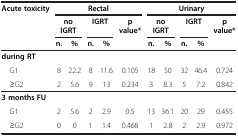
<table><thead><tr><td><b>Acute toxicity</b></td><td colspan="5"><b>Rectal</b></td><td colspan="5"><b>Urinary</b></td></tr><tr><td><b> </b></td><td colspan="2"><b>no IGRT</b></td><td colspan="2"><b>IGRT</b></td><td><b>p value*</b></td><td colspan="2"><b>no IGRT</b></td><td colspan="2"><b>IGRT</b></td><td><b>p value*</b></td></tr><tr><td><b> </b></td><td><b>n.</b></td><td><b>%</b></td><td><b>n.</b></td><td><b>%</b></td><td><b> </b></td><td><b>n.</b></td><td><b>%</b></td><td><b>n.</b></td><td><b>%</b></td><td><b> </b></td></tr></thead><tbody><tr><td><b>during RT</b></td><td> </td><td> </td><td> </td><td> </td><td> </td><td> </td><td> </td><td> </td><td> </td><td> </td></tr><tr><td> G1</td><td>8</td><td>22.2</td><td>8</td><td>11.6</td><td>0.105</td><td>18</td><td>50</td><td>32</td><td>46.4</td><td>0.724</td></tr><tr><td> ≥G2</td><td>2</td><td>5.6</td><td>9</td><td>13</td><td>0.234</td><td>3</td><td>8.3</td><td>5</td><td>7.2</td><td>0.842</td></tr><tr><td><b>3 months FU</b></td><td> </td><td> </td><td> </td><td> </td><td> </td><td> </td><td> </td><td> </td><td> </td><td> </td></tr><tr><td> G1</td><td>2</td><td>5.6</td><td>2</td><td>2.9</td><td>0.5</td><td>13</td><td>36.1</td><td>20</td><td>29</td><td>0.455</td></tr><tr><td> ≥G2</td><td>0</td><td>0</td><td>1</td><td>1.4</td><td>0.468</td><td>1</td><td>2.8</td><td>2</td><td>2.9</td><td>0.972</td></tr></tbody></table>